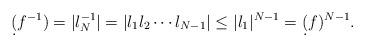
LaTeX: \begin{align*} \d(f^{-1}) = |\l_N^{-1}| = |\l_1\l_2\cdots\l_{N-1}| \le |\l_1|^{N-1} = \d(f)^{N-1}.\end{align*}